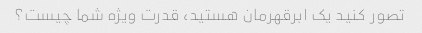
تصور کنید یک ابرقهرمان هستید، قدرت ویژه شما چیست؟